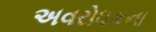
અવરોધકના